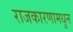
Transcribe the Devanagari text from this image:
राजकारणामधुन